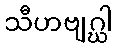
သီဟဗျဂ္ဃါ